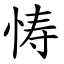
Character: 㤽